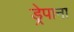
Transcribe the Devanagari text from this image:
ड्रेपाना